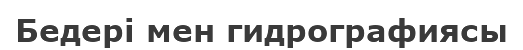
Бедері мен гидрографиясы